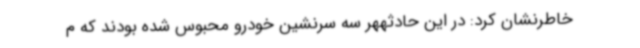
خاطرنشان کرد: در این حادثههر سه سرنشین خودرو محبوس شده بودند که م